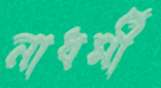
নাধর্মী